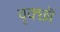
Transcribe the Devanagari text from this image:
वृक्छॊं